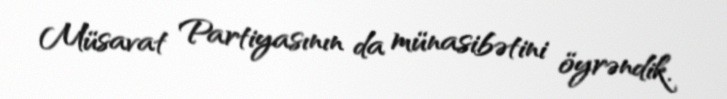
Müsavat Partiyasının da münasibətini öyrəndik.